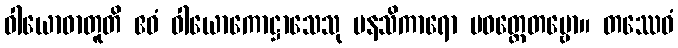
ဝါယောဓာတူတိ ဧဝံ ဝါယောကောဋ္ဌာသေသု မနသိကာရော ပဝတ္တေတဗ္ဗော။ တဿေဝံ